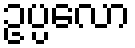
ဥပ္ပလော